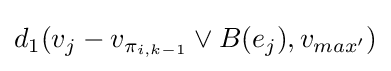
d_{1}(v_{j}-v_{\pi _{i,k-1}}\lor B(e_{j}),v_{max'})